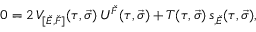
0 = 2 \, V _ { [ \check { E } , \check { F } ] } ( \tau , \vec { \sigma } ) \, U ^ { \check { F } } ( \tau , \vec { \sigma } ) + T ( \tau , \vec { \sigma } ) \, s _ { , \check { E } } ( \tau , \vec { \sigma } ) ,